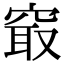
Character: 𥦡